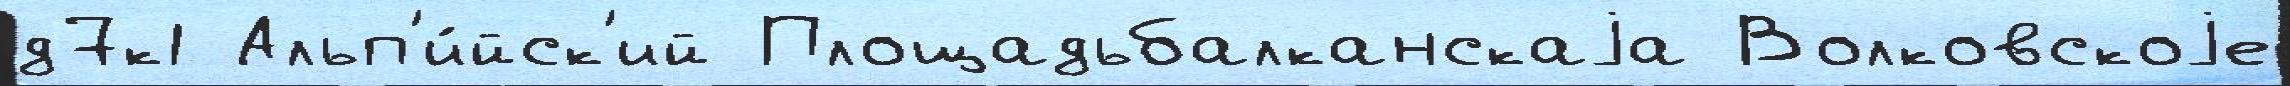
д7к1 Альп'и́йск'ий Площадьбалканскаjа Волковскоjе